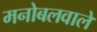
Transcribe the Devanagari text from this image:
मनोबलवाले